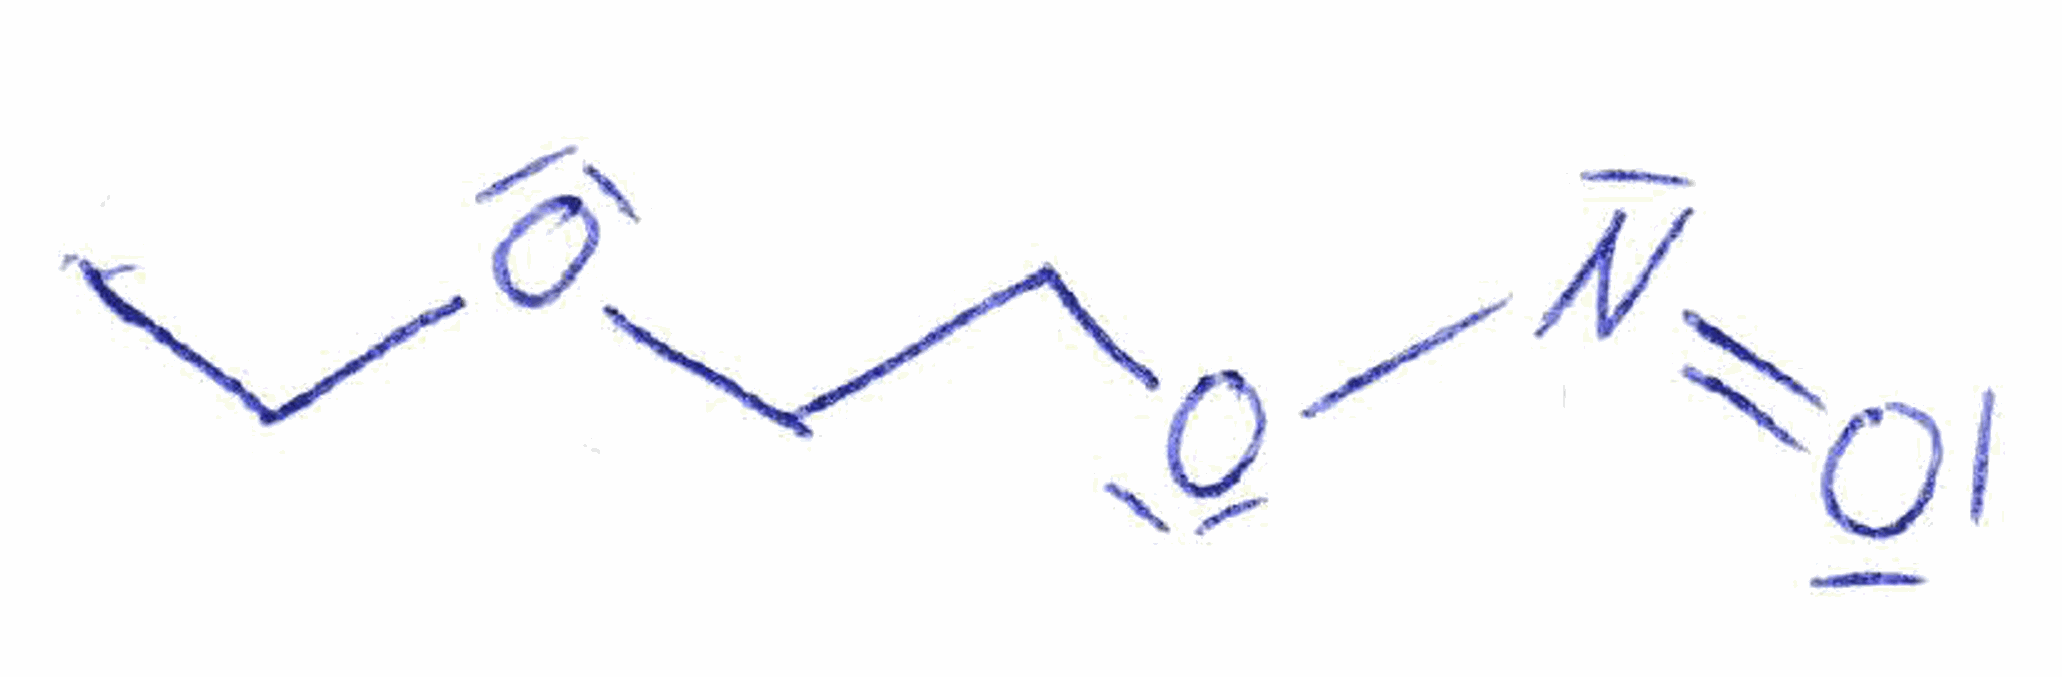
Simplified molecular-input line-entry system (SMILES) notation of the given molecule:
CCOCCON=O